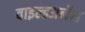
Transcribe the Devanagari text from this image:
वाइल्डअर्नेस